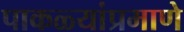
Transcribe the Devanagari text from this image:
पाकळ्यांप्रमाणे